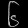
Digit: ၆